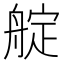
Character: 𦩘